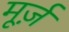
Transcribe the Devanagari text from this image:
मूर्ज़